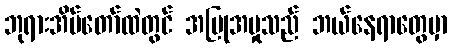
ဘုရားအိမ်တော်ထဲတွင် အပြုအမှုသည် ဘယ်နေရာတွေမှာ